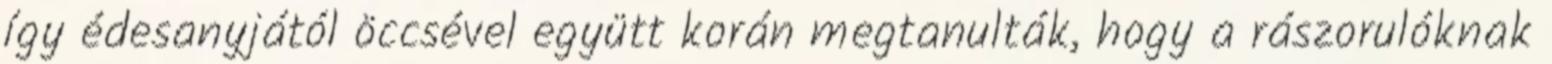
így édesanyjától öccsével együtt korán megtanulták, hogy a rászorulóknak